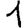
Digit: 1